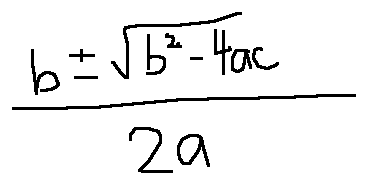
\frac { b \pm \sqrt { b ^ { 2 } - 4 a c } } { 2 a }